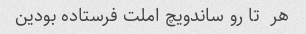
هر  تا رو ساندویچ املت فرستاده بودین